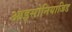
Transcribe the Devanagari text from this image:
आइसोनियाजिड